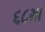
૬૮મા